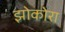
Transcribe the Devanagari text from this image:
झोकोरा